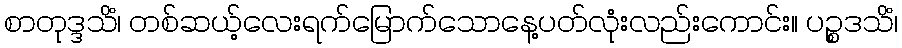
စာတုဒ္ဒသိံ၊ တစ်ဆယ့်လေးရက်မြောက်သောနေ့ပတ်လုံးလည်းကောင်း။ ပဉ္စဒသိံ၊